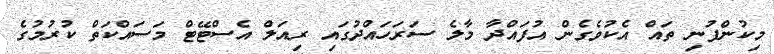
މިކުންފުނި ތައް އެކުވެގެން އުފައްދާ މާލެ ސަރަހައްދުގައި ރިއަލް އެސްޓޭޓް މަސައްކަތް ކުރުމުގެ